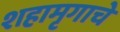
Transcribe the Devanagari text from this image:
शहामृगाचे